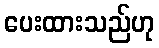
ပေးထားသည်ဟု